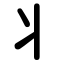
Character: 丬